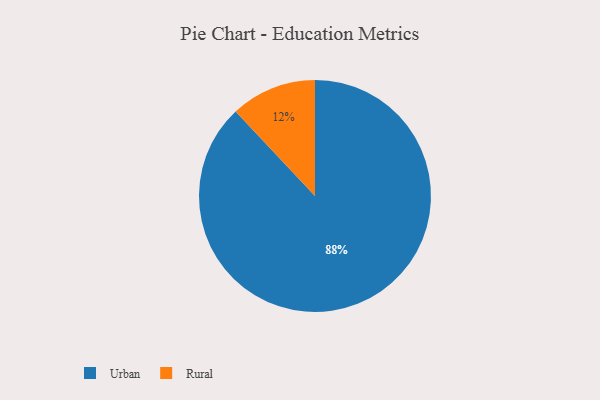
{"axis": {"x": "Category", "y": "Percentage"}, "legend": ["Rural", "Urban"], "data": [{"x": "Rural", "y": 12, "type": "Rural"}, {"x": "Urban", "y": 88, "type": "Urban"}]}